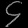
Digit: ၄